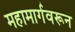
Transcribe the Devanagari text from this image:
महामार्गवरून